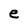
Character: e